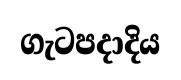
ගැටපදාදිය